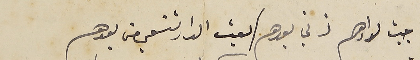
جيت لدارهم ذني بعدهم / لقيت الدار تنعي من بعدهم